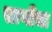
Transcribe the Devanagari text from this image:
खाणीचा